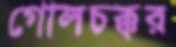
গোলচক্কর